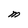
Character: M